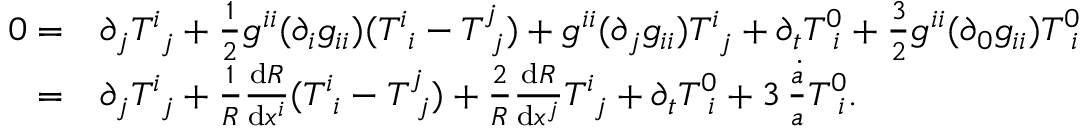
\begin{array} { r l } { 0 = } & { { } \partial _ { j } T _ { \, \, \, j } ^ { i } + \frac { 1 } { 2 } g ^ { i i } ( \partial _ { i } g _ { i i } ) ( T _ { \, \, \, i } ^ { i } - T _ { \, \, \, j } ^ { j } ) + g ^ { i i } ( \partial _ { j } g _ { i i } ) T _ { \, \, \, j } ^ { i } + \partial _ { t } T _ { \, \, \, i } ^ { 0 } + \frac { 3 } { 2 } g ^ { i i } ( \partial _ { 0 } g _ { i i } ) T _ { \, \, \, i } ^ { 0 } } \\ { = } & { { } \partial _ { j } T _ { \, \, \, j } ^ { i } + \frac { 1 } { R } \frac { \mathrm { d } R } { \mathrm { d } x ^ { i } } ( T _ { \, \, \, i } ^ { i } - T _ { \, \, \, j } ^ { j } ) + \frac { 2 } { R } \frac { \mathrm { d } R } { \mathrm { d } x ^ { j } } T _ { \, \, \, j } ^ { i } + \partial _ { t } T _ { \, \, \, i } ^ { 0 } + 3 \, \frac { \dot { a } } { a } T _ { \, \, \, i } ^ { 0 } . } \end{array}